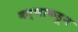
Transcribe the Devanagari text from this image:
कर्णाकडून